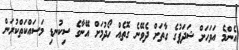
އެންމެ އަވަހަށް ޝަދަފުގެ ގާތަށް ދެވޭނެ ގޮތެއް ހޯދުމަށް އޭނާގެ ސިކުނޑި މަސައްކަތްކުރަން